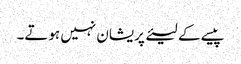
پیسے کے لیئے پریشان نہیں ہوتے۔